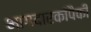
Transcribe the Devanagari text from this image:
भागदारकांपैकी